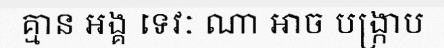
គ្មាន អង្គ ទេវៈ ណា អាច បង្ក្រាប